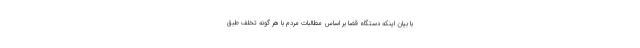
با بیان اینکه دستگاه قضا بر اساس مطالبات مردم با هر گونه تخلف طبق